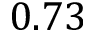
0 . 7 3